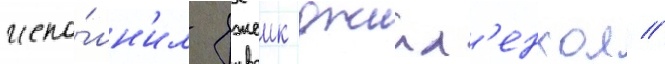
испо́лн'ил джеик джилл'енхол //